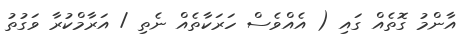
އާންމު ގޮތެއް ގައި ( އެއްވެސް ހަރަކާތެއް ނެތި / އަރާމްކުރާ ވަގުތު